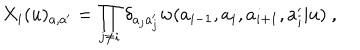
X _ { i } ( u ) _ { a , a ^ { \prime } } = \prod _ { j \not = i } \delta _ { a _ { j } a _ { j } ^ { \prime } } w ( a _ { i - 1 } , a _ { i } , a _ { i + 1 } , a _ { i } ^ { \prime } | u ) ~ ,